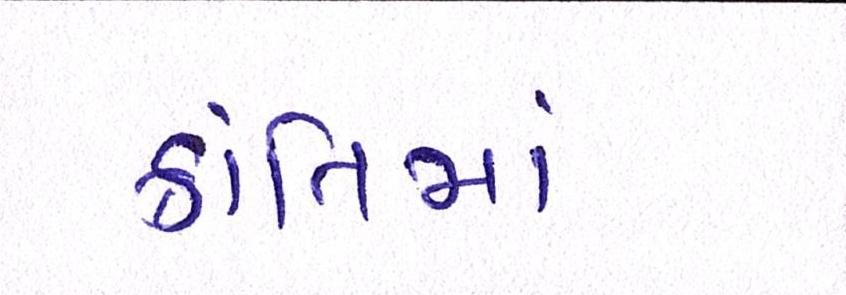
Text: ક્રાંતિમાં